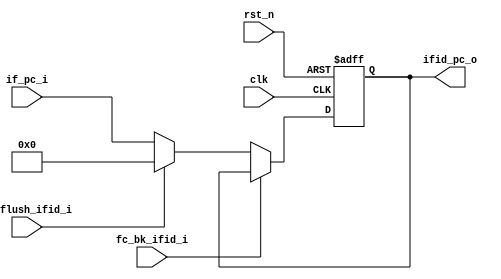
module if_id_reg (
    input   wire                    clk,
    input   wire                    rst_n,

    //from IF
    input   wire            [31:0]  if_pc_i,
    //from fc
    input   wire                    fc_flush_ifid_i,
    input   wire                    fc_bk_ifid_i,


    //to ID
    output  reg             [31:0]  ifid_pc_o
    
);


    always @(posedge clk or negedge rst_n) begin
        if(rst_n == 1'b0)begin
            ifid_pc_o <= 32'h0;
        end
        else if(fc_bk_ifid_i == 1'b1) begin
            ifid_pc_o <= ifid_pc_o;
        end 
        else if(fc_flush_ifid_i == 1'b1) begin
            ifid_pc_o <= 32'h0;
        end
        else begin 
            ifid_pc_o <= if_pc_i;
        end
    end



endmodule